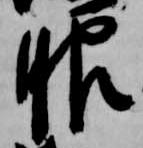
服